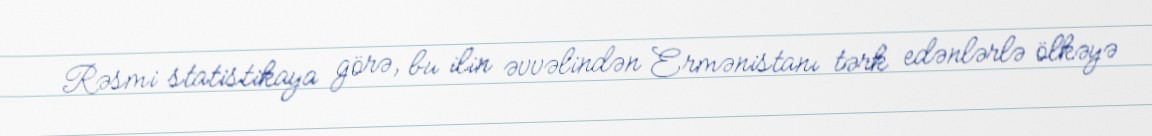
Rəsmi statistikaya görə, bu ilin əvvəlindən Ermənistanı tərk edənlərlə ölkəyə